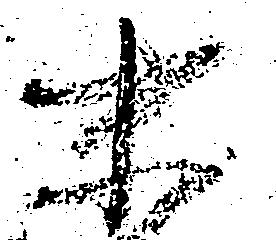
末